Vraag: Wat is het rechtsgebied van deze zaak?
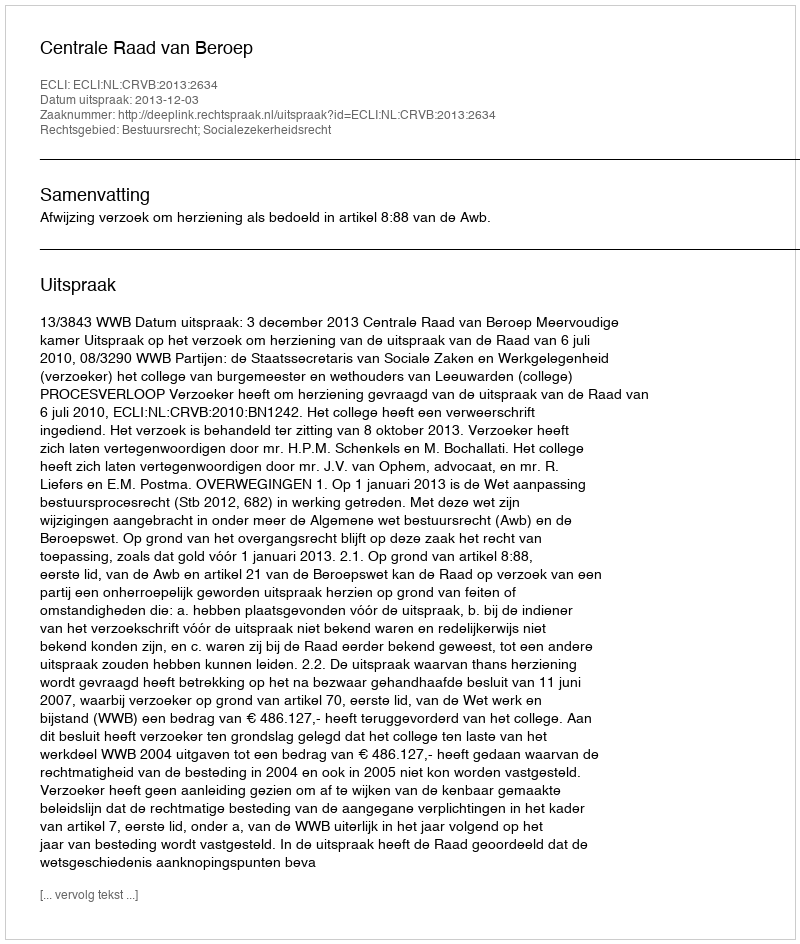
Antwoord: Bestuursrecht; Socialezekerheidsrecht